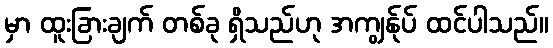
မှာ ထူးခြားချက် တစ်ခု ရှိသည်ဟု အကျွန်ုပ် ထင်ပါသည်။